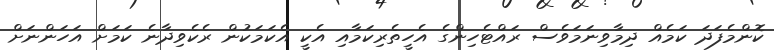
ކޮންމެފަދަ ކަމެއް ދިމާވިނަމަވެސް ރައްޓެހިންގެ އެހީތެރިކަމާއި އެކީ އެކަމަކުން ރެކެވިދާނެ ކަމަށް އަހަންނަށް